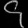
Digit: ၄